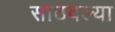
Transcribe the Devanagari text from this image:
साठवल्या